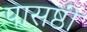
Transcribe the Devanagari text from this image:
पासष्ठी